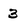
Character: 3